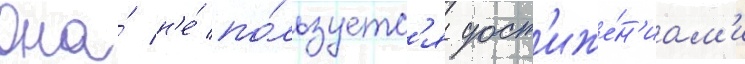
Она́ н'е́ по́льзуетс'я дост'иже́н'иам'и